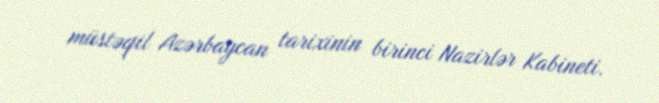
müstəqil Azərbaycan tarixinin birinci Nazirlər Kabineti.